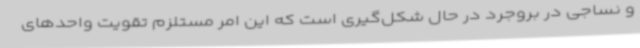
و نساجی در بروجرد در حال شکل‌گیری است که این امر مستلزم تقویت واحدهای